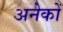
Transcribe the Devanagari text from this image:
अनेेकों